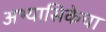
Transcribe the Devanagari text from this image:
अभ्यासिकेचा